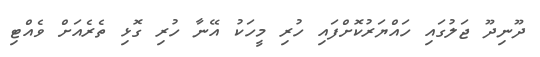
ދޫނިދޫ ޖަލުގައި ހައްޔަރުކޮށްފައި ހުރި މީހަކު އޭނާ ހުރި ގޮޅި ތެރެއަށް ވެއްޓި